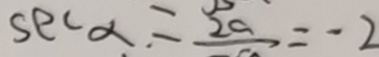
S e C \alpha = 2 a = - 2